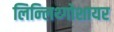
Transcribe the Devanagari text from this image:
लिन्लिथ्गोशायर